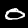
Label: 0